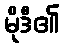
မိုဒီ၏